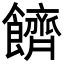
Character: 䭣